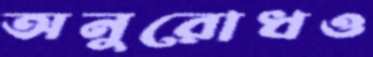
অনুরোধও